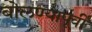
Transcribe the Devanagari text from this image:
बोलण्यापूर्वी